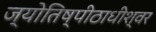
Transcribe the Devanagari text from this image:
ज्योतिष्पीठाधीश्वर